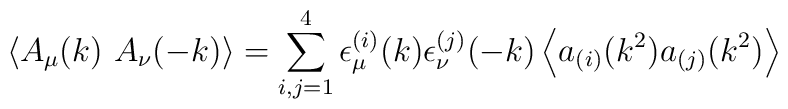
\left < A_\mu(k) \ A_\nu(-k) \right > = \sum_{i,j=1}^4 \epsilon^{(i)}_\mu (k) \epsilon _\nu ^{(j)}(-k) \left <a_{(i)}(k^2)a_{(j)}(k^2)\right >